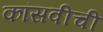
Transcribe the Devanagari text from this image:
कांसवीची